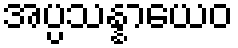
အပ္ပသန္နာယေဝ